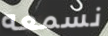
نسمعه